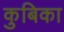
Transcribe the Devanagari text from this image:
कुबिका